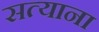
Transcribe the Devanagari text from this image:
सत्याना